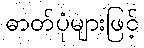
ဓာတ်ပုံများဖြင့်